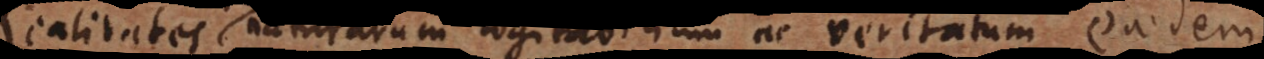
Realitates naturarum cogitabilium ac veritatum eaedem